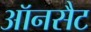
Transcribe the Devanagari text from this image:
ऑनसैट